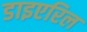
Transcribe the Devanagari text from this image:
डाइएरिल